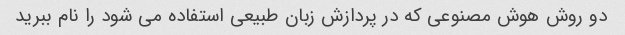
دو روش هوش مصنوعی که در پردازش زبان طبیعی استفاده می شود را نام ببرید